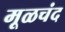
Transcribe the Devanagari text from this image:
मूळचंद